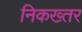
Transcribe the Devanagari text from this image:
निकख्तर